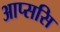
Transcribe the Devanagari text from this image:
आप्ससि